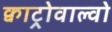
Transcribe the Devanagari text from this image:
क्वाट्रोवाल्वो